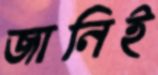
জানিই